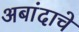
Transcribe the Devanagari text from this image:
अबांदाचे